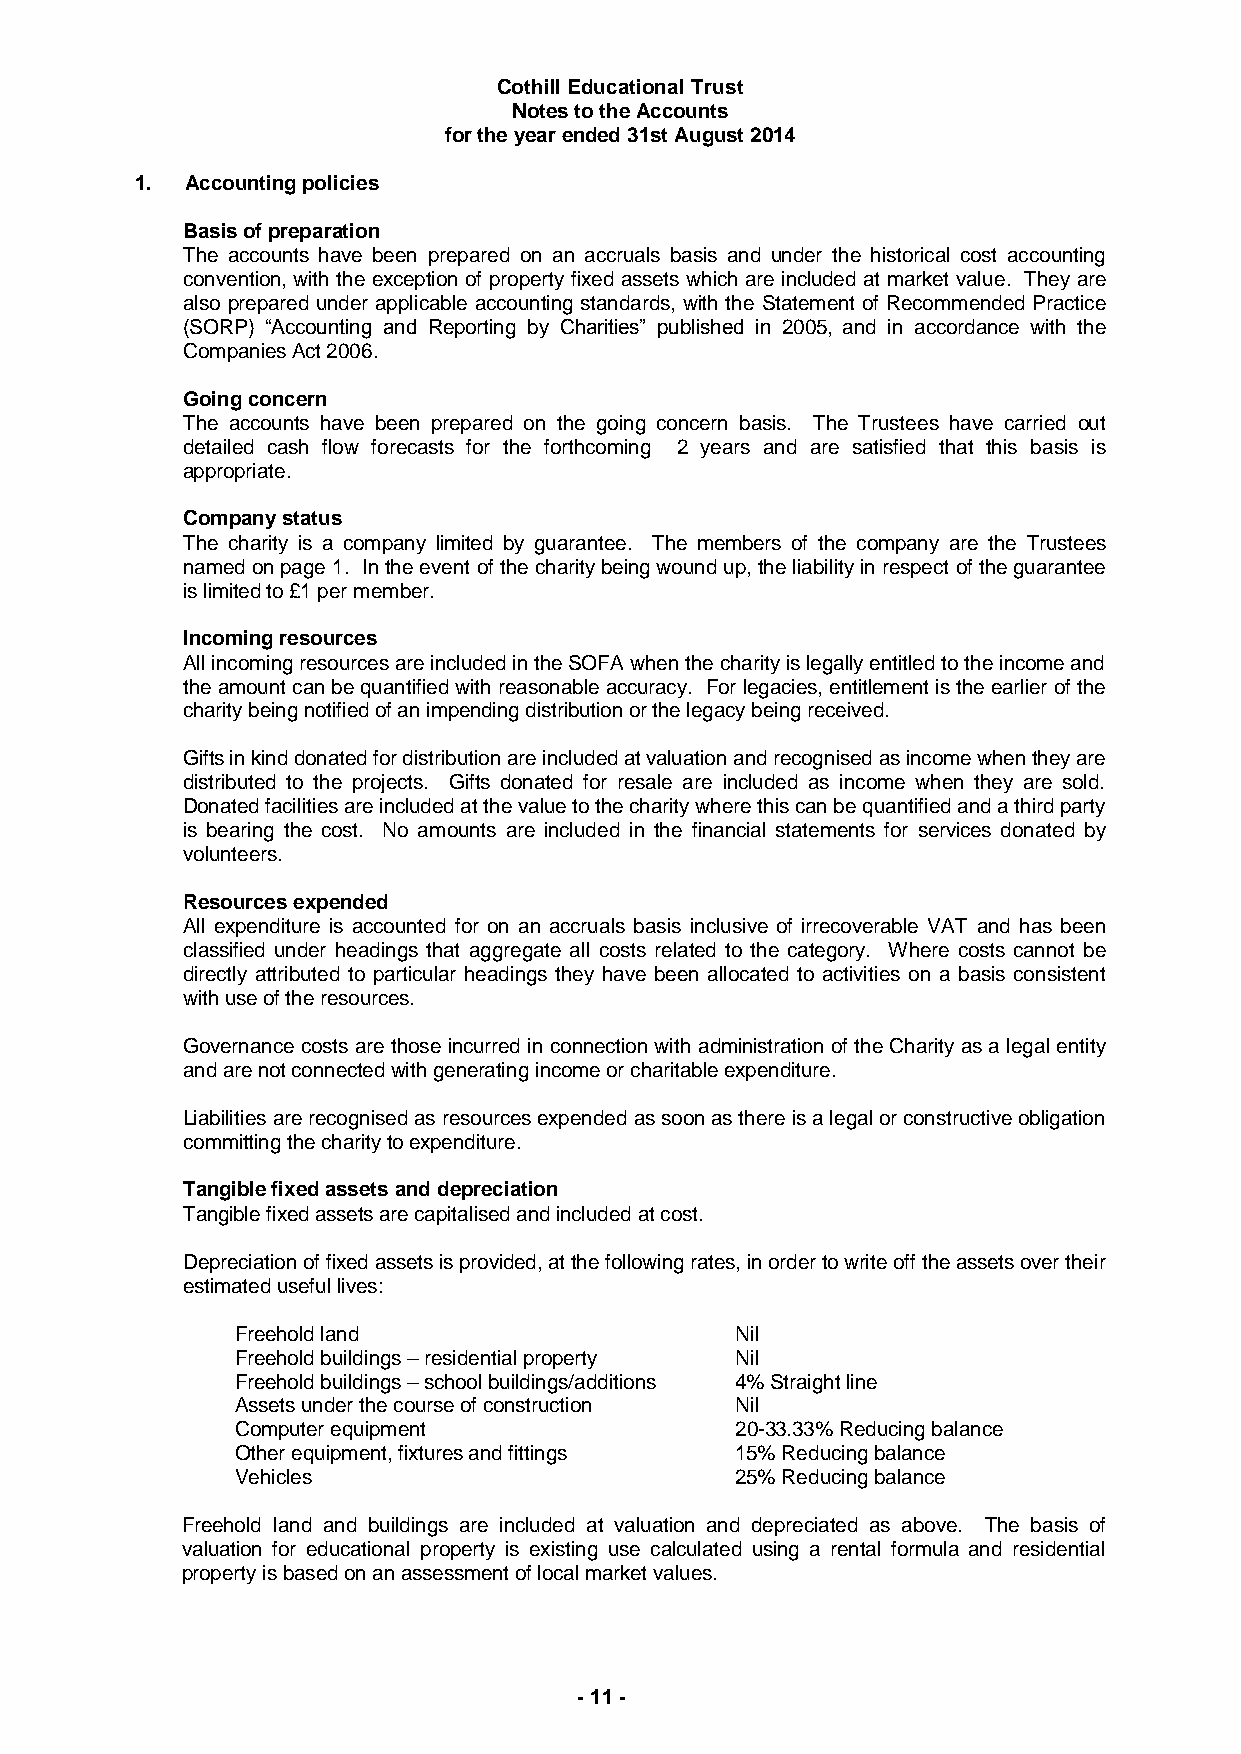
Cothill Educational Trust
 Notes to the Accounts
 for the year ended 31st August 2014
 1. Accounting policies
 Basis of preparation
 The accounts have been prepared on an accruals basis and under the historical cost accounting
 convention, with the exception of property fixed assets which are included at market value. They are
 also prepared under applicable accounting standards, with the Statement of Recommended Practice
 (SORP) “Accounting and Reporting by Charities” published in 2005, and in accordance with the
 Companies Act 2006.
 Going concern
 The accounts have been prepared on the going concern basis. The Trustees have carried out
 detailed cash flow forecasts for the forthcoming 2 years and are satisfied that this basis is
 appropriate.
 Company status
 The charity is a company limited by guarantee. The members of the company are the Trustees
 named on page 1. In the event of the charity being wound up, the liability in respect of the guarantee
 is limited to £1 per member.
 Incoming resources
 All incoming resources are included in the SOFA when the charity is legally entitled to the income and
 the amount can be quantified with reasonable accuracy. For legacies, entitlement is the earlier of the
 charity being notified of an impending distribution or the legacy being received.
 Gifts in kind donated for distribution are included at valuation and recognised as income when they are
 distributed to the projects. Gifts donated for resale are included as income when they are sold.
 Donated facilities are included at the value to the charity where this can be quantified and a third party
 is bearing the cost. No amounts are included in the financial statements for services donated by
 volunteers.
 Resources expended
 All expenditure is accounted for on an accruals basis inclusive of irrecoverable VAT and has been
 classified under headings that aggregate all costs related to the category. Where costs cannot be
 directly attributed to particular headings they have been allocated to activities on a basis consistent
 with use of the resources.
 Governance costs are those incurred in connection with administration of the Charity as a legal entity
 and are not connected with generating income or charitable expenditure.
 Liabilities are recognised as resources expended as soon as there is a legal or constructive obligation
 committing the charity to expenditure.
 Tangible fixed assets and depreciation
 Tangible fixed assets are capitalised and included at cost.
 Depreciation of fixed assets is provided, at the following rates, in order to write off the assets over their
 estimated useful lives:
 Freehold land                    Nil
 Freehold buildings – residential property Nil
 Freehold buildings – school buildings/additions 4% Straight line
 Assets under the course of construction Nil
 Computer equipment               20-33.33% Reducing balance
 Other equipment, fixtures and fittings 15% Reducing balance
 Vehicles                         25% Reducing balance
 Freehold land and buildings are included at valuation and depreciated as above. The basis of
 valuation for educational property is existing use calculated using a rental formula and residential
 property is based on an assessment of local market values.
 - 11 -